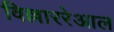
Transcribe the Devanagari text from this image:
विल्लाररेआल